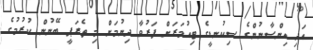
އަދި އިންސާނުންގެ ސިކުނޑީގެ ޓިއުމަރަށް ފަރުވާ ދިނުމަށް މި ތެރަޕީ ބޭނުން ކުރުމުގެ